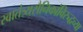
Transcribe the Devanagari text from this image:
स्वातंत्र्यसैनिकांविरुद्धच्या